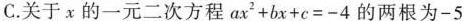
C.关于x的一元二次方程ax^{2}+bx+c=-4的两根为-5